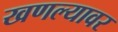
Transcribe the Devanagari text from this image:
खणल्यावर